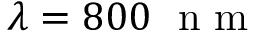
\lambda = 8 0 0 ~ \textrm { n m }